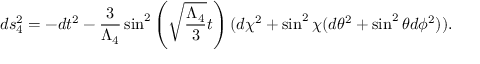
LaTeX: d s _ { 4 } ^ { 2 } = - d t ^ { 2 } - \frac { 3 } { \Lambda _ { 4 } } \sin ^ { 2 } \left( \sqrt { \frac { \Lambda _ { 4 } } { 3 } } t \right) ( d \chi ^ { 2 } + \sin ^ { 2 } \chi ( d \theta ^ { 2 } + \sin ^ { 2 } \theta d \phi ^ { 2 } ) ) .